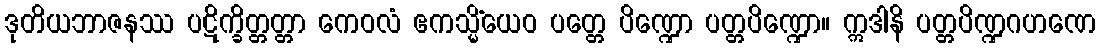
ဒုတိယဘာဇနဿ ပဋိက္ခိတ္တတ္တာ ကေဝလံ ဧကသ္မိံယေဝ ပတ္တေ ပိဏ္ဍော ပတ္တပိဏ္ဍော။ ဣဒါနိ ပတ္တပိဏ္ဍဂဟဏေ